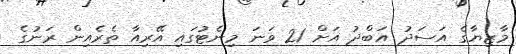
މާޒިޔާގެ އަސަދު އަބްދު އަށް 21 ވަނަ މިނެޓުގައި އޭރިއާ ތެރެއިން ރަނުގެ